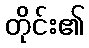
တိုင်း၏